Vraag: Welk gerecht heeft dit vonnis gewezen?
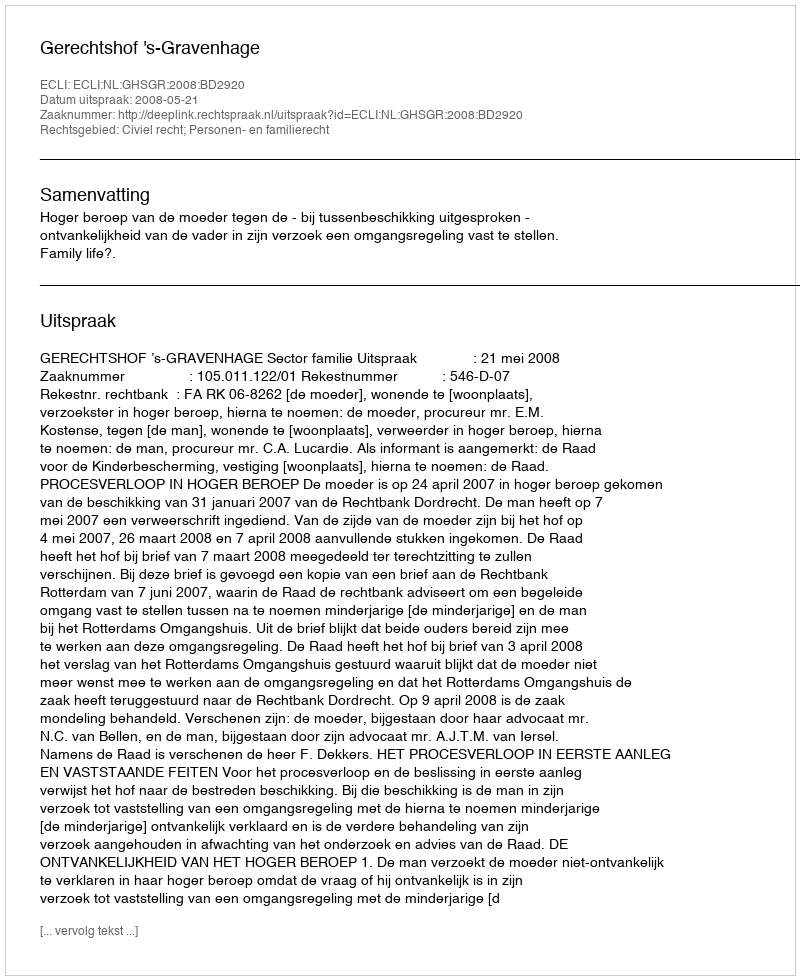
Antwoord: Gerechtshof 's-Gravenhage